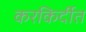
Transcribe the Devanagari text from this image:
करकिर्दीत